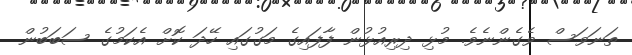
ތަނަވަސް ވެގެންނެވެ. މުޅި ދިރިއުޅުން ފާފައިގެ މަގުގައި ހޭދަ ކޮށް އެކަމުގެ ސަބަބުން